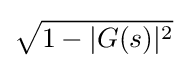
{\sqrt {1-|G(s)|^{2}}}